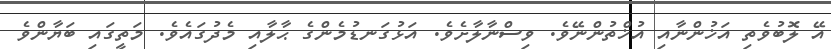
އޭ ލޮބުވެތި އަޚުންނާއި އުޚްތުންނޭވެ. ވިސްނާލާށެވެ. އަޅުގަނޑުމެންގެ ޙާލާއި މެދުގައެވެ. މަތީގައި ބަޔާންވެ